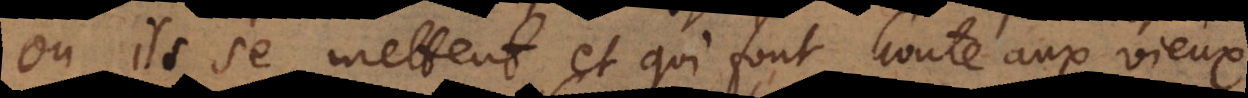
où ils se mettent, et qui font honte aux vieux